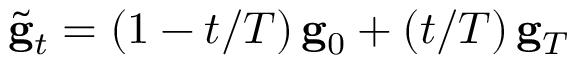
\tilde { \bf g } _ { t } = ( 1 - t / T ) \, { \bf g } _ { 0 } + ( t / T ) \, { \bf g } _ { T }